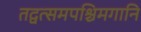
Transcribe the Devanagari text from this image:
तद्वत्समपश्चिमगानि